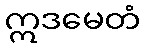
ဣဒမေတံ